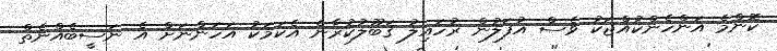
ކޮންމެ އަންހެންކުއްޖަކު ވެސް އުފަލުން ރުހައިލު ޤަބޫލުކުރާނެ އެކަމަކު އަހަންނަށް އެ ނަސީބެއްނެތް